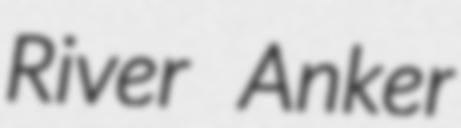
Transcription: River Anker